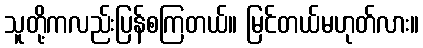
သူတို့ကလည်းပြန်စကြတယ်။ မြင်တယ်မဟုတ်လား။